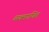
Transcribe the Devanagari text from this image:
व्यक्तगणित